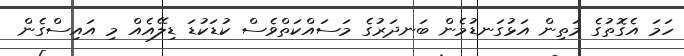
ހަމަ އެގޮތުގެ މަތިން އަޅުގަނޑުމެން ބަނދަރުގެ މަސައްކަތްވެސް ކުޑަކުޑަ ޑިލޭއެއް މި އައިސްގެން